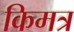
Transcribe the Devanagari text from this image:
किमत्र